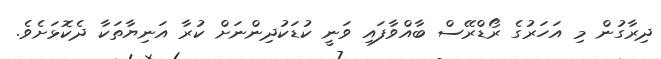
ދިރާގުން މި އަހަރުގެ ރޯޑްރޭސް ބާއްވާފައި ވަނީ ކުޑަކުދިންނަށް ކުރާ އަނިޔާތަކާ ދެކޮޅަށެވެ.